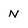
Character: N